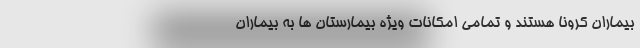
بیماران کرونا هستند و تمامی امکانات ویژه بیمارستان ها به بیماران